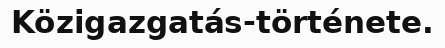
Közigazgatás-története.